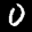
Label: 0